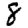
Digit: 8